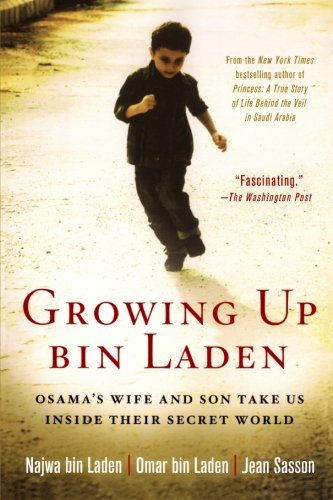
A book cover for Growing Up bin Laden: Osama's Wife and Son Take Us Inside Their Secret World; Najwa bin Laden; Biographies & Memoirs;